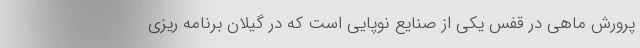
پرورش ماهی در قفس یکی از صنایع نوپایی است که در گیلان برنامه ریزی